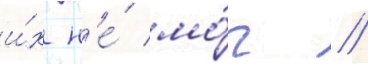
и́х н'е́ мо́г /